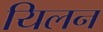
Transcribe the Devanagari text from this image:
यिलन